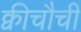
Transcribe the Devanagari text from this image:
क्वीचौची